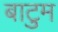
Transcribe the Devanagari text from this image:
बाटुम